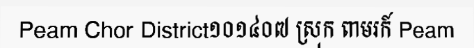
Peam Chor District១០១៤០៧ ស្រុក ពាមរក៍ Peam